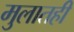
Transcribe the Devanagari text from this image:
मुलातही